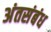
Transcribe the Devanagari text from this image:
अंतसंबंध